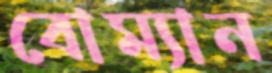
বোম্যান